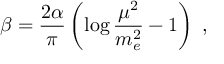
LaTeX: \beta = \frac { 2 \alpha } { \pi } \left( \log \frac { \mu ^ { 2 } } { m _ { e } ^ { 2 } } - 1 \right) \; ,